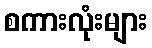
စကားလုံးများ